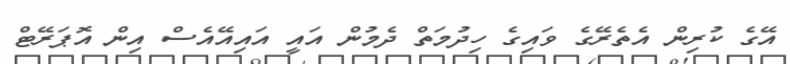
އޭގެ ކުރިން އެތެރޭގެ ވައިގެ ހިދުމަތް ދެމުން އައީ އައިއޭއެސް އިން އޮޕަރޭޓް